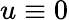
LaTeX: u\equiv 0